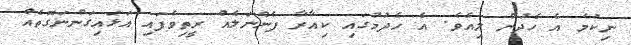
ނިކުމެ އެ ހެދުން ލިއެވެ. އެ ހެދުމުގައި ކިއާރާ ފެންނަލެއް ރީތިވެފައި އަޅައިގަންނަގޮތެއް